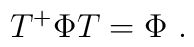
T^+\Phi T = \Phi\ .